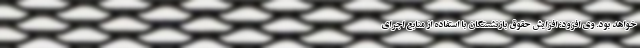
خواهد بود. وی افزود: افزایش حقوق بازنشستگان با استفاده از منابع اجرای